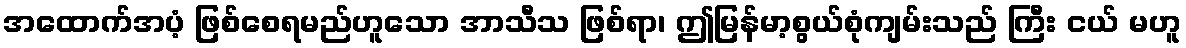
အထောက်အပံ့ ဖြစ်စေရမည်ဟူသော အာသီသ ဖြစ်ရာ၊ ဤမြန်မာ့စွယ်စုံကျမ်းသည် ကြီး ငယ် မဟူ